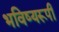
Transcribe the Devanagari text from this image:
भविष्यरूपी